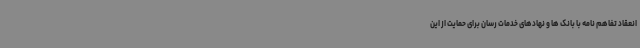
انعقاد تفاهم نامه با بانک ها و نهادهای خدمات رسان برای حمایت از این